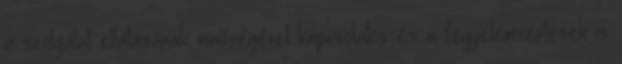
a szolgálat ellátásának minőségével kapcsolatos és a fegyelemsértések is